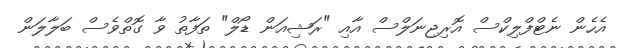
އެހެން ނެޓްފްލިކްސް އޮރިޖިނަލްސް އާއި "ރަޝިއަން ޑޯލް" ތަފާތު ވާ ގޮތްވެސް ބަލާލަން